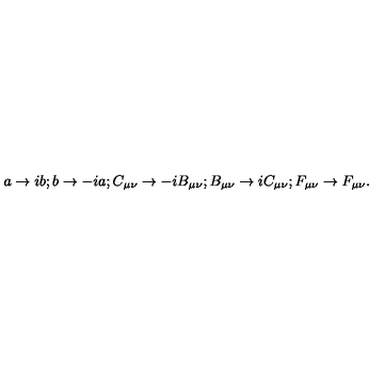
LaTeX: a \rightarrow i b ; b \rightarrow - i a ; C _ { \mu \nu } \rightarrow - i B _ { \mu \nu } ; B _ { \mu \nu } \rightarrow i C _ { \mu \nu } ; F _ { \mu \nu } \rightarrow F _ { \mu \nu } .